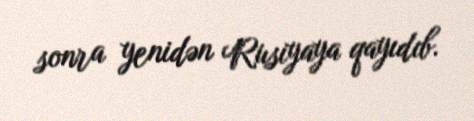
sonra yenidən Rusiyaya qayıdıb.